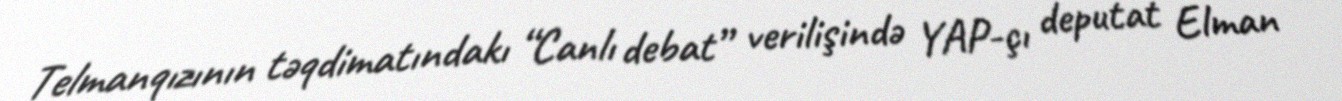
Telmanqızının təqdimatındakı “Canlı debat” verilişində YAP-çı deputat Elman